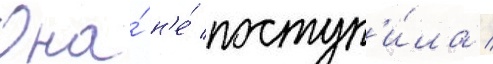
Она́ н'е́ поступ'и́ла /